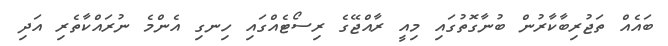
ބައެއް ތަޖުރިބާކާރުން ބުނާގޮތުގައި މިއީ ރާއްޖޭގެ ރިސޯޓެއްގައި ހިނގި އެންމެ ނުރައްކާތެރި އަދި